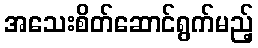
အသေးစိတ်ဆောင်ရွက်မည့်